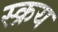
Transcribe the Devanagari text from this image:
स्क्रय